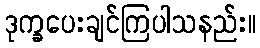
ဒုက္ခပေးချင်ကြပါသနည်း။